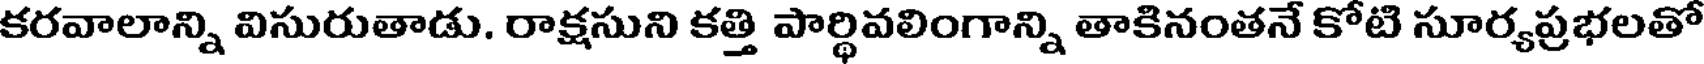
కరవాలాన్ని విసురుతాడు. రాక్షసుని కత్తి పార్థివలింగాన్ని తాకినంతనే కోటి సూర్యప్రభలతో